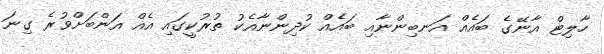
ހާލިޓް އާނޭގެ ބައެއް އަނބިންނާއި ބައެއް ކުދިންނާއެކު ތުރުކީގައި އެއް އަންބަށްވުރެ ގިނަ